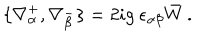
\{ \nabla _ { \alpha } ^ { + } , \nabla _ { \beta } ^ { - } \} = 2 i g \ \epsilon _ { \alpha \beta } \bar { W } \, .